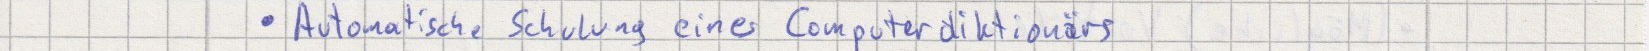
Automatische Schulung eines Computerdiktionärs